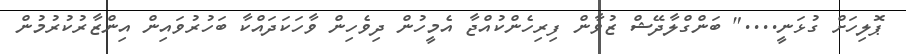
ޕޮލިހަށް ގުޅަނީ...." ބަންގްލާދޭޝް ޒުވާން ފިރިހެންކުއްޖާ އެމީހުން ދިވެހިން ވާހަކަދައްކާ ބަހުރުވައިން އިންޒާރުކުރުމުން